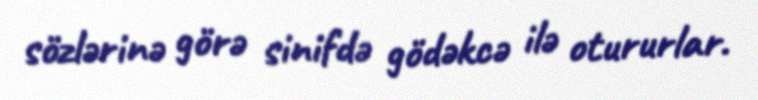
sözlərinə görə sinifdə gödəkcə ilə otururlar.